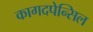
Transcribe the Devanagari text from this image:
कागदपेन्सिल